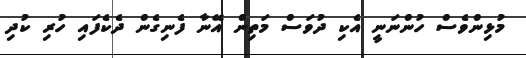
މުޅިންވެސް ހުންނަނީ އެކި ދުވަސް މަތިން އޭނާ ފެނިގެން ދެކެފައި ހުރި ކުދި